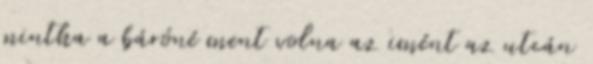
mintha a báróné ment volna az imént az utcán